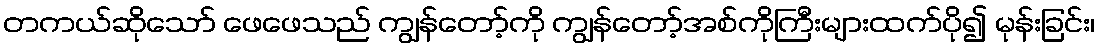
တကယ်ဆိုသော် ဖေဖေသည် ကျွန်တော့်ကို ကျွန်တော့်အစ်ကိုကြီးများထက်ပို၍ မုန်းခြင်း၊